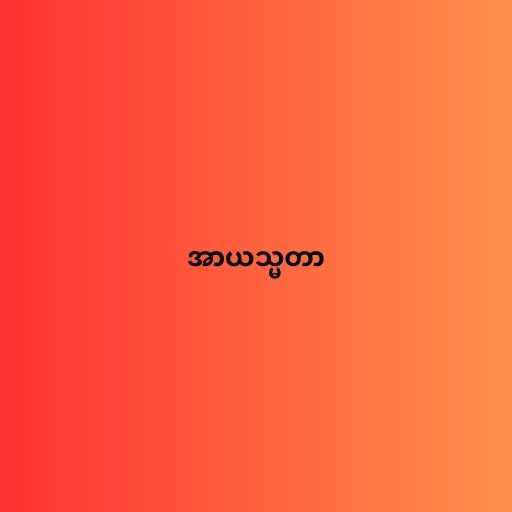
အာယသ္မတာ